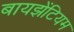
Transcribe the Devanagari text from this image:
बायझेंटियम